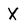
Character: X